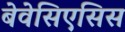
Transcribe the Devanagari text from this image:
बेवेसिएसिस